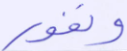
ونفور